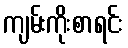
ကျမ်းကိုးစာရင်း